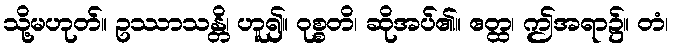
သို့မဟုတ်။ ဥဿာသန္တိ၊ ဟူ၍။ ဝုစ္စတိ၊ ဆိုအပ်၏။ ဧတ္ထ၊ ဤအရာ၌။ တံ၊